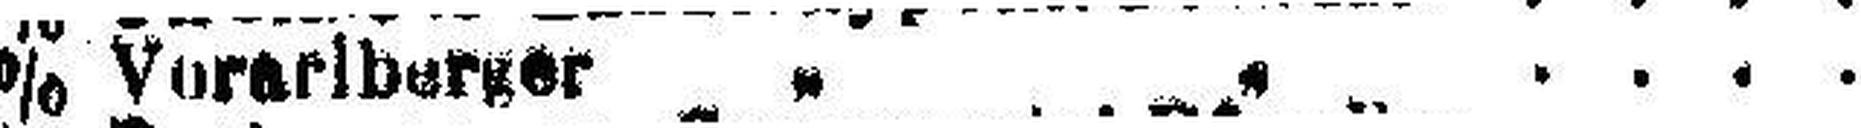
4% Vorarlberger „ „